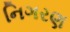
નિગરણ